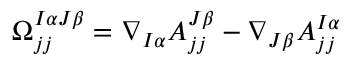
\Omega _ { j j } ^ { I \alpha J \beta } = \nabla _ { I \alpha } A _ { j j } ^ { J \beta } - \nabla _ { J \beta } A _ { j j } ^ { I \alpha }